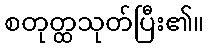
စတုတ္ထသုတ်ပြီး၏။